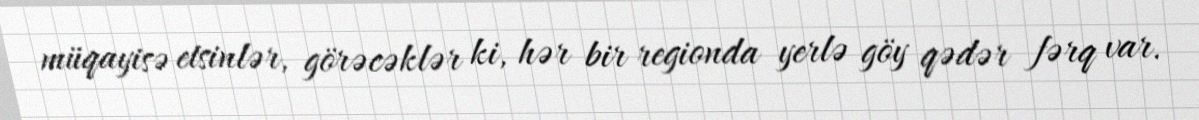
müqayisə etsinlər, görəcəklər ki, hər bir regionda yerlə göy qədər fərq var.